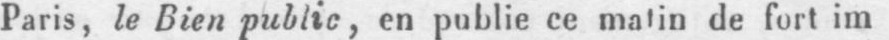
Paris, le Bien public, en publie ce matin de fort im